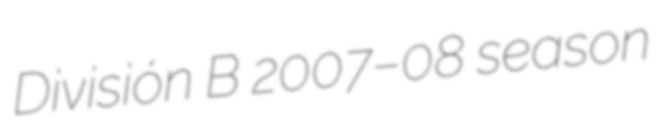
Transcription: División B 2007–08 season